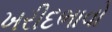
ખરીદભાવો